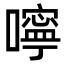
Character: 嚀